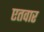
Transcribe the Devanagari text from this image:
एतवार